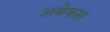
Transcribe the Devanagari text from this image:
अबेकस